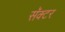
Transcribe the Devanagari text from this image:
सॅक्टर